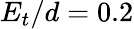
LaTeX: E_{t}/d=0.2